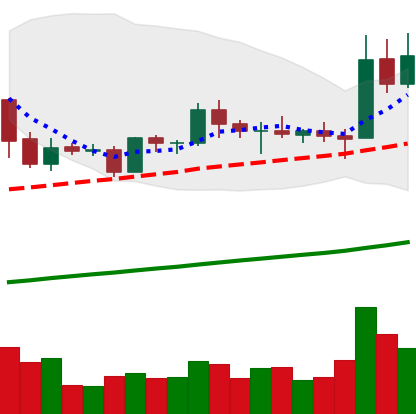
Ticker: EOS-USD
Chart end date: 2019-05-13
Forward return: 5.694%
Label: up_5_7